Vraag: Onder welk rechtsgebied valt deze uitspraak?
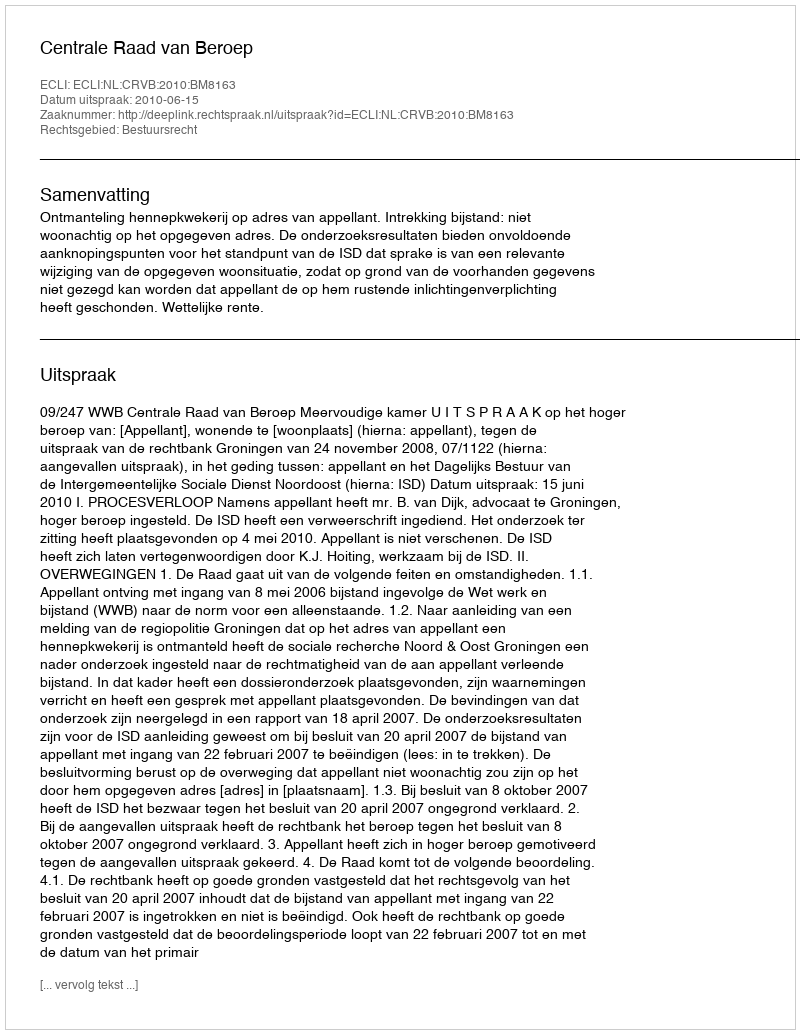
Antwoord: Bestuursrecht